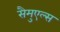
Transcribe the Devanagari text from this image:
सैमुएल्स